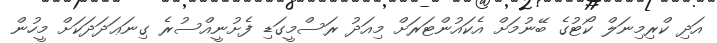
އަދި ކްރިމިނަލް ކޯޓުގެ ބޭނުމަށް އެކައުންޓަރަށް މިއަދު ރަސްމީގަޑި ފެށުނީއްސުރެ ގިނަޢަދަދަކަށް މީހުން